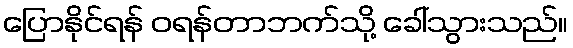
ပြောနိုင်ရန် ဝရန်တာဘက်သို့ ခေါ်သွားသည်။